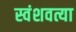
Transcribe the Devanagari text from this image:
स्वंशवत्या